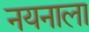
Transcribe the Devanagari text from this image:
नयनाला